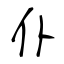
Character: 仆